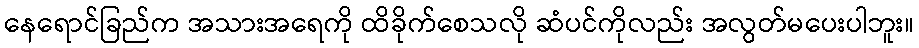
နေရောင်ခြည်က အသားအရေကို ထိခိုက်စေသလို ဆံပင်ကိုလည်း အလွတ်မပေးပါဘူး။